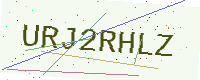
Text: URJ2RHLZ